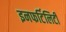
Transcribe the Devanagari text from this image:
इनफर्टिलिटी